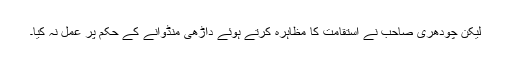
لیکن چودھری صاحب نے استقامت کا مظاہرہ کرتے ہوئے داڑھی منڈوانے کے حکم پر عمل نہ کیا۔